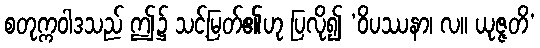
စတုက္ကဝါဒသည် ဤ၌ သင့်မြတ်၏ဟု ပြလို၍ ‘ဝိပဿနာ၊ လ။ ယုဇ္ဇတိ’